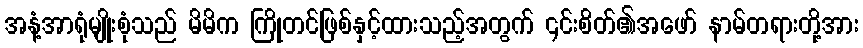
အနံ့အာရုံမျိုးစုံသည် မိမိက ကြိုတင်ဖြစ်နှင့်ထားသည့်အတွက် ၎င်းစိတ်၏အဖော် နာမ်တရားတို့အား